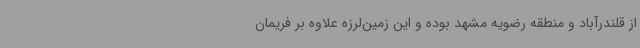
از قلندرآباد و منطقه رضویه مشهد بوده و این زمین‌لرزه علاوه بر فریمان